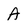
Character: A